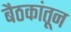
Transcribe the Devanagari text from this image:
बैठकांतून